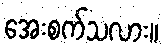
အေးစက်သလား။